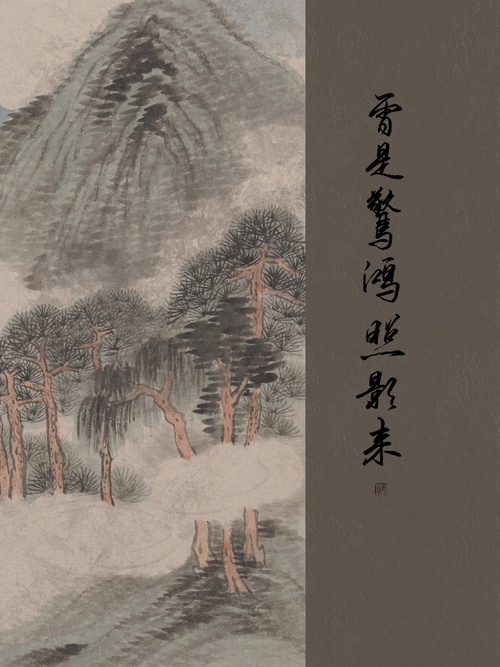
伤心桥下春波绿，曾是惊鸿照影来。